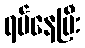
ရပ်နေပြီး